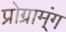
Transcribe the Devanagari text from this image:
प्रोग्राम्ंग